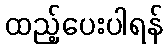
ထည့်ပေးပါရန်